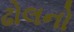
ઢોલનો